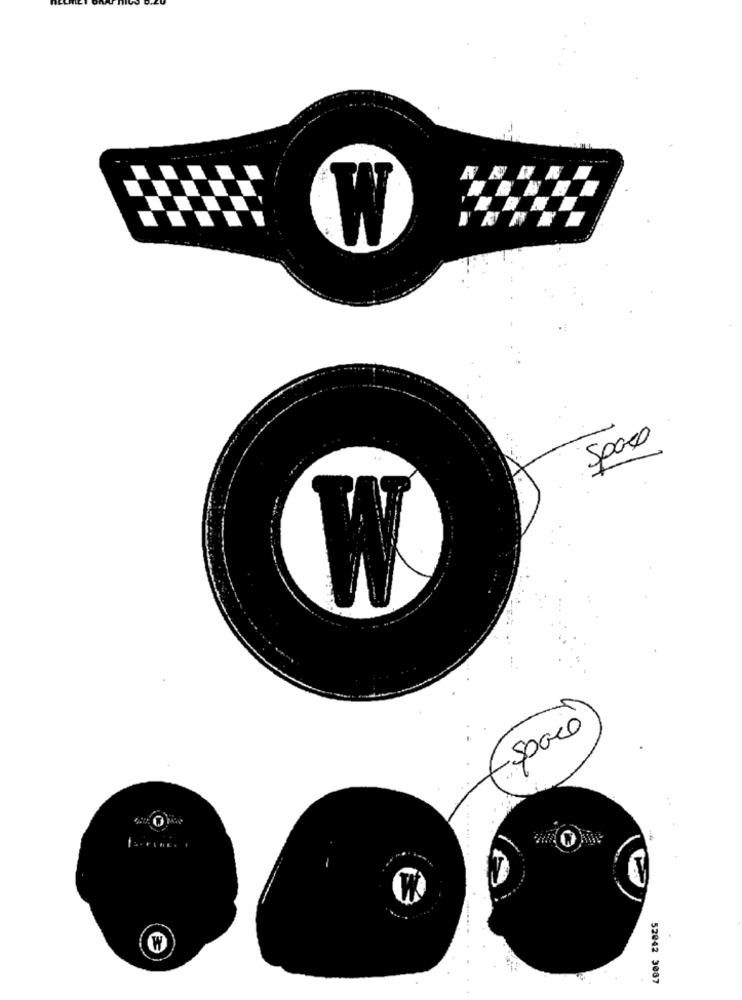
W
Sposo
W
5000o
52042 3087